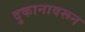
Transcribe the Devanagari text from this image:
दुकानावरून